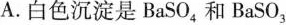
A. 白色沉淀是BaSO_{4} 和 BaSO_{3}